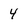
Character: 4